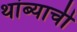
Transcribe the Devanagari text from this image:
थांब्याची